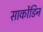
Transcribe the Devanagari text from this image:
सार्कोडिन